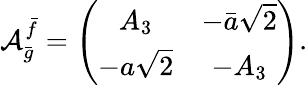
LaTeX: \mathcal{A}_{\bar{{g}}}^{\bar{{f}}}=\left(\begin{array}{cc}{{A_{3}}}&{{-\bar{a}\sqrt{2}}}\\ {{-a\sqrt{2}}}&{{-A_{3}}}\end{array}\right).